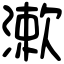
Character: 漱